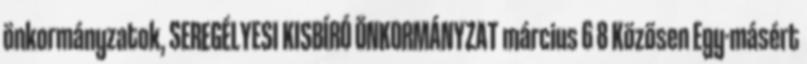
önkormányzatok, SEREGÉLYESI KISBÍRÓ ÖNKORMÁNYZAT március 6 8 Közösen Egy-másért